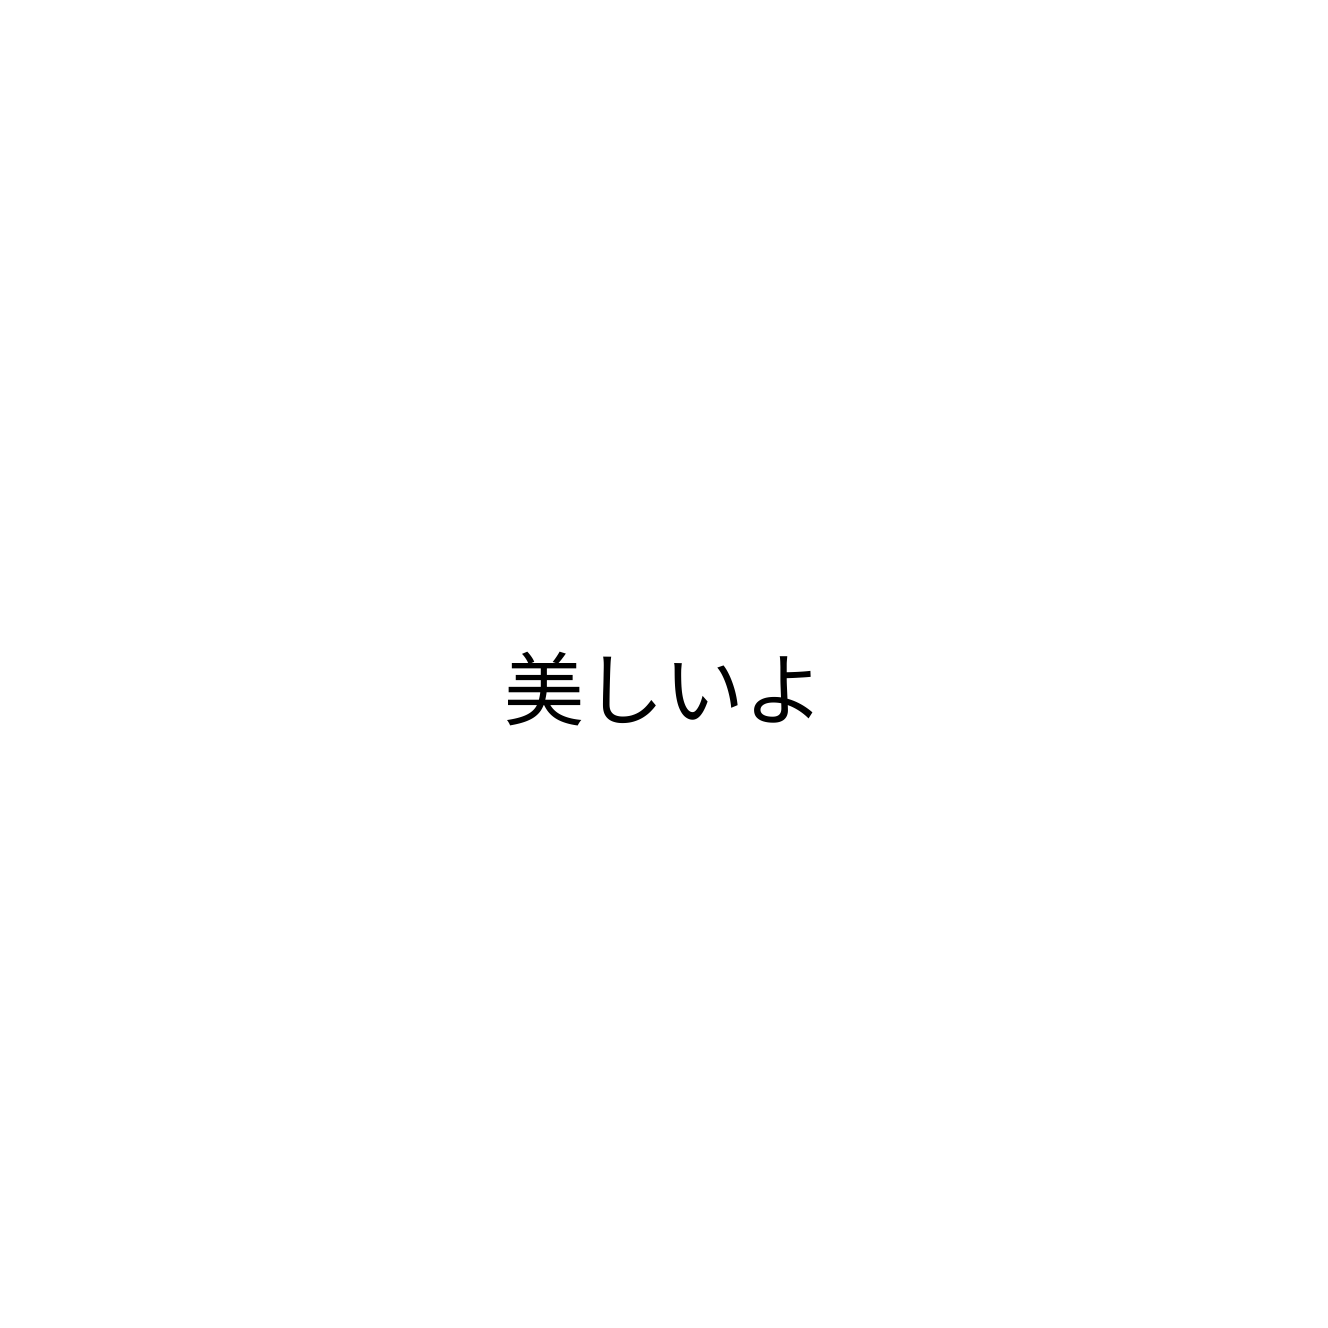
美しいよ